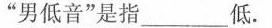
”男低音”是指___低。